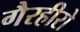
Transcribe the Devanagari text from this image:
गैरहीरो